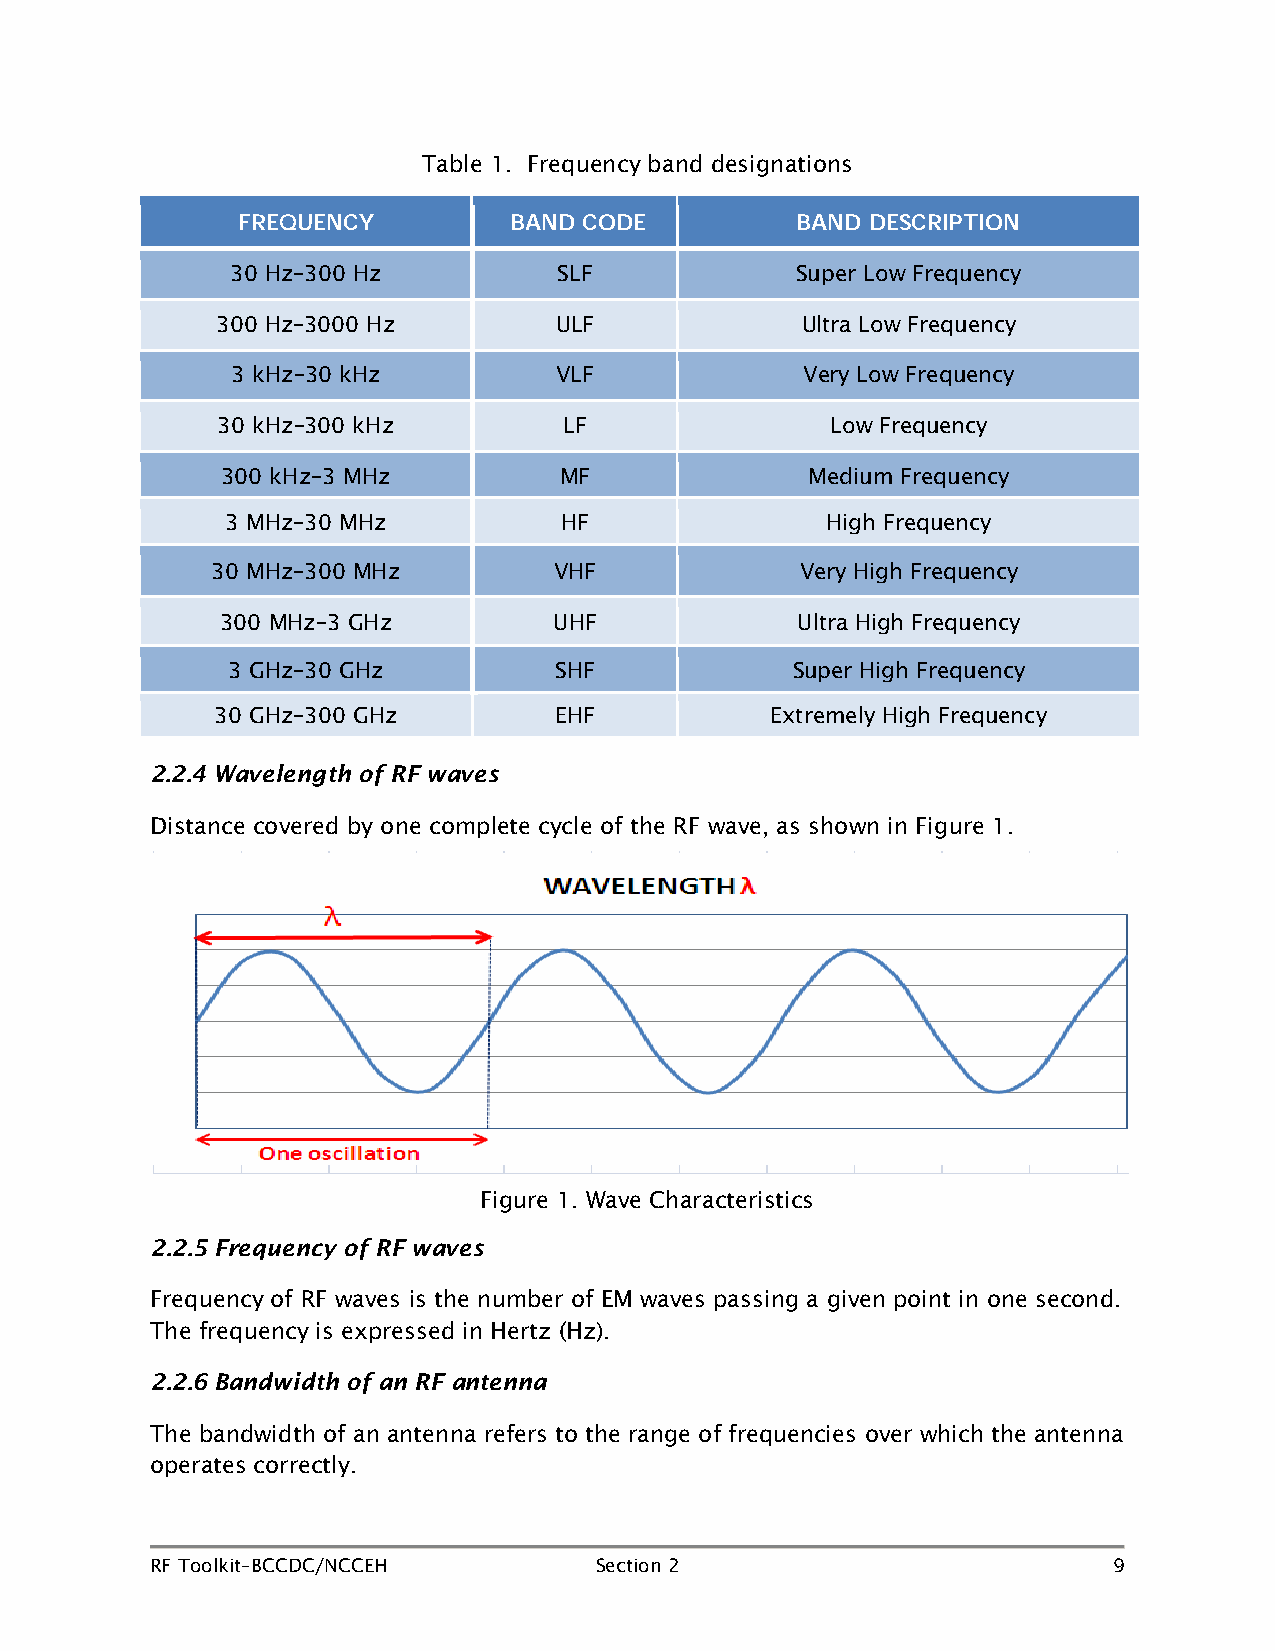
Table 1. Frequency band designations
 FREQUENCY         BAND CODE          BAND DESCRIPTION
 30 Hz–300 Hz          SLF             Super Low Frequency
 300 Hz–3000 Hz         ULF             Ultra Low Frequency
 3 kHz–30 kHz          VLF             Very Low Frequency
 30 kHz–300 kHz         LF                Low Frequency
 300 kHz–3 MHz         MF               Medium Frequency
 3 MHz–30 MHz          HF                High Frequency
 30 MHz–300 MHz         VHF             Very High Frequency
 300 MHz–3 GHz         UHF             Ultra High Frequency
 3 GHz–30 GHz          SHF            Super High Frequency
 30 GHz–300 GHz         EHF           Extremely High Frequency
 2.2.4 Wavelength of RF waves
 Distance covered by one complete cycle of the RF wave, as shown in Figure 1.
 Figure 1. Wave Characteristics
 2.2.5 Frequency of RF waves
 Frequency of RF waves is the number of EM waves passing a given point in one second.
 The frequency is expressed in Hertz (Hz).
 2.2.6 Bandwidth of an RF antenna
 The bandwidth of an antenna refers to the range of frequencies over which the antenna
 operates correctly.
 RF Toolkit–BCCDC/NCCEH       Section 2                          9